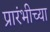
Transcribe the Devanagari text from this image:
प्रारंभीच्‍या